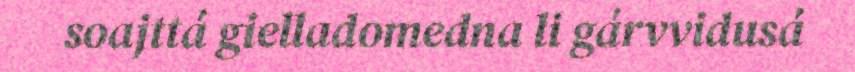
soajttá gielladomedna li gárvvidusá